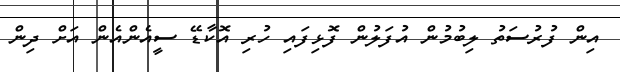
އިން ފުރުސަތު ލިބުމުން އުފަލުން ފޮޅިފައި ހުރި އޮކާޑޭ ސީއެންއެން އަށް ދިން